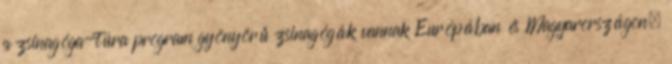
a zsinagóga-túra program gyönyörű zsinagógák vannak Európában és Magyarországon,